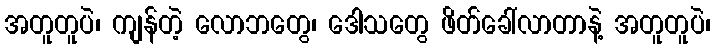
အတူတူပဲ၊ ကျန်တဲ့ လောဘတွေ၊ ဒေါသတွေ ဖိတ်ခေါ်လာတာနဲ့ အတူတူပဲ၊